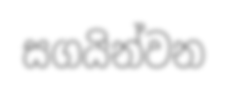
සගයින්වන